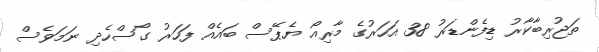
ތަޖުރިބާކާރު ޑިފެންޑަރު 38 އަހަރުގެ މާރިއޯ ޔެޕޭސް ބައެއް ފަހަރު ގޯސްހެދި ނަމަވެސް